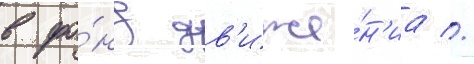
в фо́нд дв'иже́н'иа //